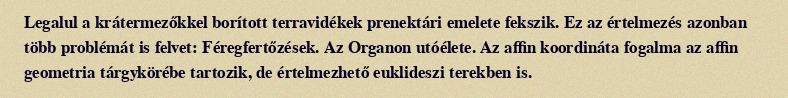
Legalul a krátermezőkkel borított terravidékek prenektári emelete fekszik. Ez az értelmezés azonban több problémát is felvet: Féregfertőzések. Az Organon utóélete. Az affin koordináta fogalma az affin geometria tárgykörébe tartozik, de értelmezhető euklideszi terekben is.